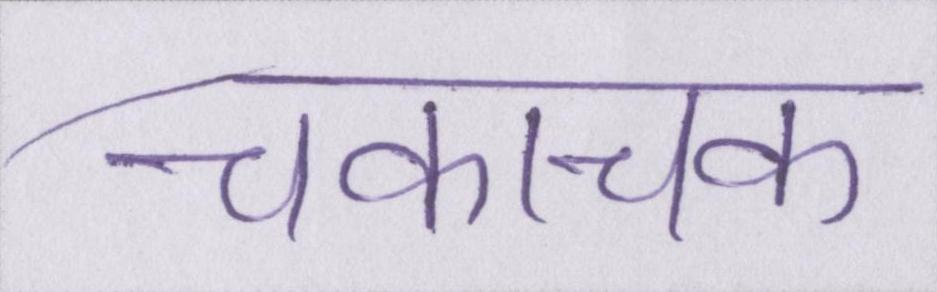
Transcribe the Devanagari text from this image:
चकाचक